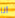
أنا